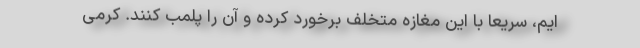
ایم، سریعا با این مغازه متخلف برخورد کرده و آن را پلمب کنند. کرمی